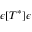
\epsilon [ T ^ { * } ] \epsilon